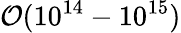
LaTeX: \mathcal{O}(10^{14}-10^{15})